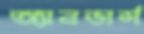
অ্যানডার্স